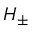
H _ { \pm }